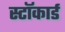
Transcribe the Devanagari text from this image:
स्टॉकार्ड